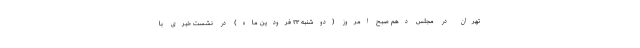
تهران در مجلس دهم صبح امروز (دوشنبه ۲۳ فرودین‌ ماه) در نشست خبری با